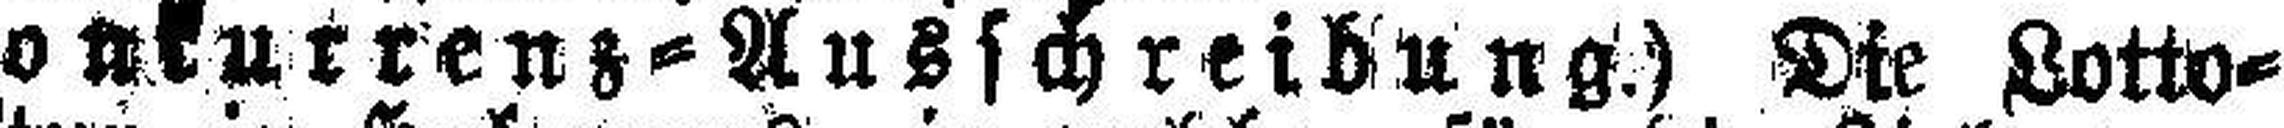
(Konkurrenz = Ausschreibung.) Die Lotto¬